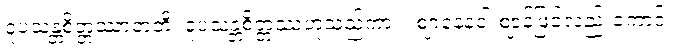
ဝူပသန္တစိတ္တဿာတတိ၊ ဝူပသန္တစိတ္တဿဟူသည်ကား။ ဈာနေနဝါ ဈာန်ဖြင့်လည်းကောင်း။